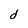
Character: d